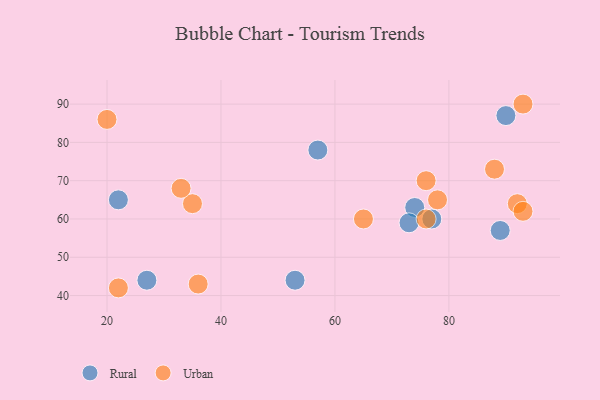
{"axis": {"x": "GDP", "y": "Life Expectancy"}, "legend": ["Rural", "Urban"], "data": [{"x": "74", "y": 63, "type": "Rural"}, {"x": "77", "y": 60, "type": "Rural"}, {"x": "73", "y": 59, "type": "Rural"}, {"x": "57", "y": 78, "type": "Rural"}, {"x": "53", "y": 44, "type": "Rural"}, {"x": "27", "y": 44, "type": "Rural"}, {"x": "22", "y": 65, "type": "Rural"}, {"x": "90", "y": 87, "type": "Rural"}, {"x": "89", "y": 57, "type": "Rural"}, {"x": "20", "y": 86, "type": "Urban"}, {"x": "22", "y": 42, "type": "Urban"}, {"x": "76", "y": 70, "type": "Urban"}, {"x": "92", "y": 64, "type": "Urban"}, {"x": "35", "y": 64, "type": "Urban"}, {"x": "88", "y": 73, "type": "Urban"}, {"x": "78", "y": 65, "type": "Urban"}, {"x": "33", "y": 68, "type": "Urban"}, {"x": "93", "y": 62, "type": "Urban"}, {"x": "93", "y": 90, "type": "Urban"}, {"x": "76", "y": 60, "type": "Urban"}, {"x": "65", "y": 60, "type": "Urban"}, {"x": "36", "y": 43, "type": "Urban"}]}